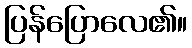
ပြန်ပြောလေ၏။